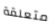
متعلقة